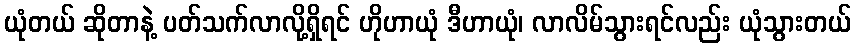
ယုံတယ် ဆိုတာနဲ့ ပတ်သက်လာလို့ရှိရင် ဟိုဟာယုံ ဒီဟာယုံ၊ လာလိမ်သွားရင်လည်း ယုံသွားတယ်